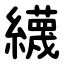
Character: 䌩